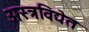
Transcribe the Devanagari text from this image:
अस्त्रविद्येत